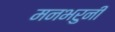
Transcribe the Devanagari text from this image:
मनभरुनी